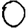
Digit: 0